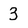
Character: 3